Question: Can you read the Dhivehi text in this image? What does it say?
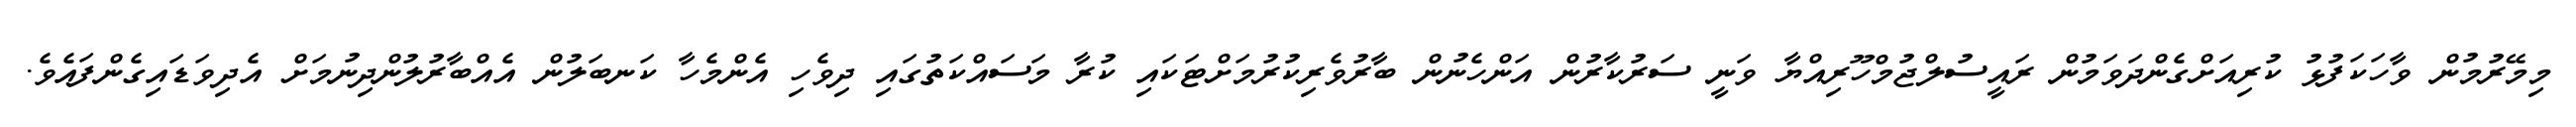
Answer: މިމޭރުމުން ވާހަކަފުޅު ކުރިއަށްގެންދަވަމުން ރައީސުލްޖުމްހޫރިއްޔާ ވަނީ ސަރުކާރުން އަންހެނުން ބާރުވެރިކުރުމަށްޓަކައި ކުރާ މަސައްކަތުގައި ދިވެހި އެންމެހާ ކަނބަލުން އެއްބާރުލުންދިނުމަށް އެދިވަޑައިގެންފައެވެ.